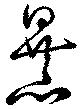
暴